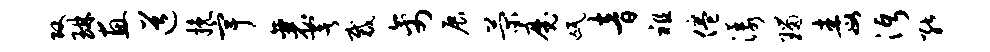
攻琳惠道挽宇襄署裁禽展菊魔氓音祖倦漾瑙毒沔能